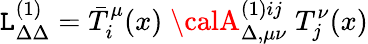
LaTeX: {\cal\mathtt{L}}_{\Delta\Delta}^{(1)}=\bar{{T}}_{i}^{\mu}(x)\; {\calA}_{\Delta,\mu\nu}^{{(1)}ij}\; T_{j}^{\nu}(x)